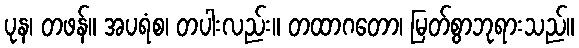
ပုန၊ တဖန်။ အပရံစ၊ တပါးလည်း။ တထာဂတော၊ မြတ်စွာဘုရားသည်။